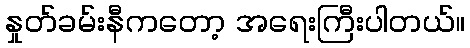
နှုတ်ခမ်းနီကတော့ အရေးကြီးပါတယ်။